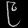
Digit: ၉